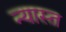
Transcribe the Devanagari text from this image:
न्यास्त